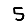
Digit: 5